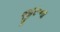
જીરૂના